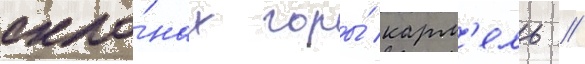
скло́нах горы́ карм'ель //